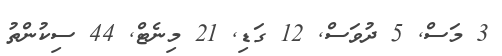
3 މަސް